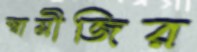
স্বামীজির